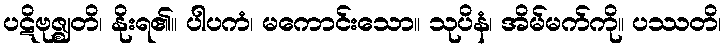
ပဋိဗုဇ္ဈတိ၊ နိုးရ၏။ ပါပကံ၊ မကောင်းသော။ သုပိနံ၊ အိမ်မက်ကို။ ပဿတိ၊